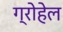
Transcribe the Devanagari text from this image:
ग्रोहेल